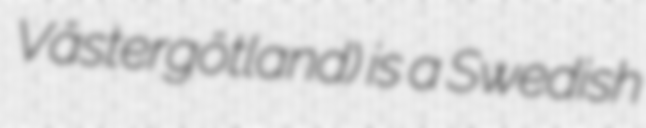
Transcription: Västergötland) is a Swedish